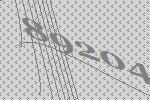
89204